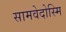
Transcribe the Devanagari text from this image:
सामवेदोस्मि